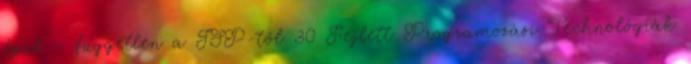
épül - független a JSP-től 30 Fejlett Programozási Technológiák